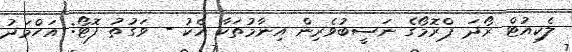
ލެކިއުޓް ރޯދަ ޕްރޮމޯގެ ނަސީބުވެރިން އިނާމުތަކާ އެކު - ވަގުތު ފޮޓޯ: އަހްމަދު